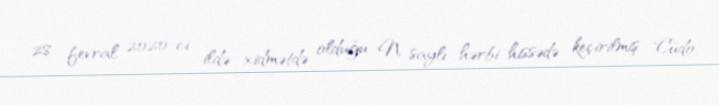
28 fevral 2020-ci ildə xidmətdə olduğu N saylı hərbi hissədə keçirilmiş "Cüdo,